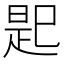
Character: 𢁈